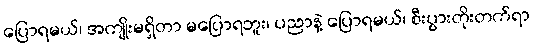
ပြောရမယ်၊ အကျိုးမရှိတာ မပြောရဘူး၊ ပညာနဲ့ ပြောရမယ်၊ စီးပွားတိုးတက်ရာ